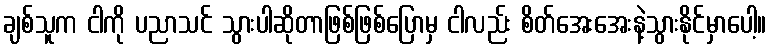
ချစ်သူက ငါကို ပညာသင် သွားပါဆိုတာဖြစ်ဖြစ်ပြောမှ ငါလည်း စိတ်အေးအေးနဲ့သွားနိုင်မှာပေါ့။